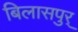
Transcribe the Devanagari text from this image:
बिलासपुर्